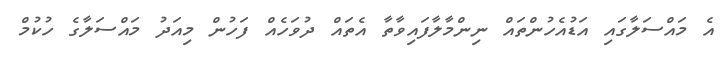
އެ މައްސަލާގައި އަޑުއެހުންތައް ނިންމާލާފައިވާތާ އެތައް ދުވަހެއް ފަހުން މިއަދު މައްސަލާގެ ހުކުމް